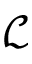
\mathcal { L }